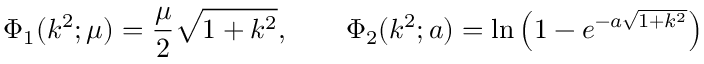
\Phi _ { 1 } ( k ^ { 2 } ; \mu ) = \frac { \mu } { 2 } \sqrt { 1 + k ^ { 2 } } , \qquad \Phi _ { 2 } ( k ^ { 2 } ; a ) = \ln \left( 1 - e ^ { - a \sqrt { 1 + k ^ { 2 } } } \right)